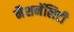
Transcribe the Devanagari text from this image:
नैशनॅलिटी